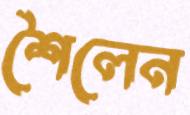
শৈলেন